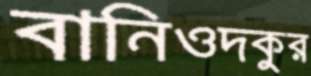
বানিওদকুর